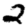
Digit: 2